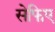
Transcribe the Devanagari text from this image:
सेफिए